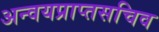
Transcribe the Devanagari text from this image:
अन्वयप्राप्तसचिव